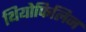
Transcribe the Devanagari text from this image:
थियोफिलिन